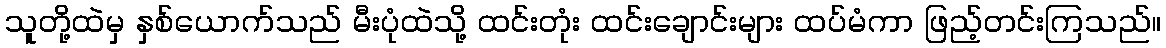
သူတို့ထဲမှ နှစ်ယောက်သည် မီးပုံထဲသို့ ထင်းတုံး ထင်းချောင်းများ ထပ်မံကာ ဖြည့်တင်းကြသည်။